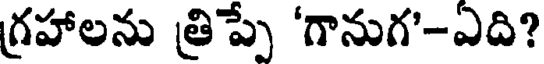
గ్రహాలను త్రిప్పే 'గానుగ'-ఎది?